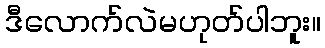
ဒီလောက်လဲမဟုတ်ပါဘူး။